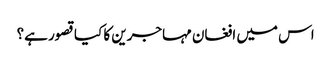
اس میں افغان مہاجرین کا کیا قصور ہے؟